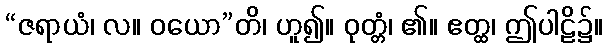
“ဇရာယံ၊ လ။ ဝယော”တိ၊ ဟူ၍။ ဝုတ္တံ၊ ၏။ ဧတ္ထ၊ ဤပါဠိ၌။